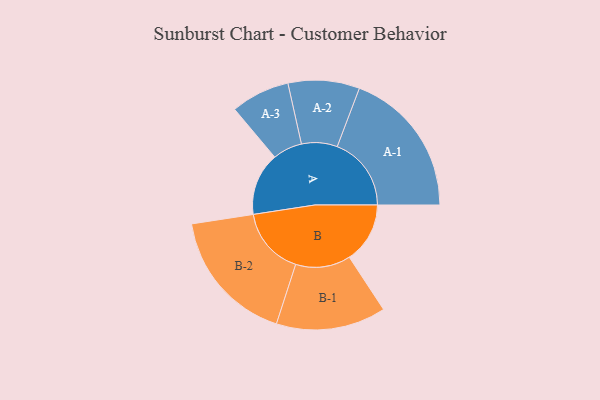
{"axis": {"x": "Segment", "y": "Value"}, "legend": ["", "A", "B"], "data": [{"x": "A", "y": 239, "type": ""}, {"x": "B", "y": 231, "type": ""}, {"x": "A-1", "y": 282, "type": "A"}, {"x": "A-2", "y": 136, "type": "A"}, {"x": "A-3", "y": 112, "type": "A"}, {"x": "B-1", "y": 209, "type": "B"}, {"x": "B-2", "y": 258, "type": "B"}]}